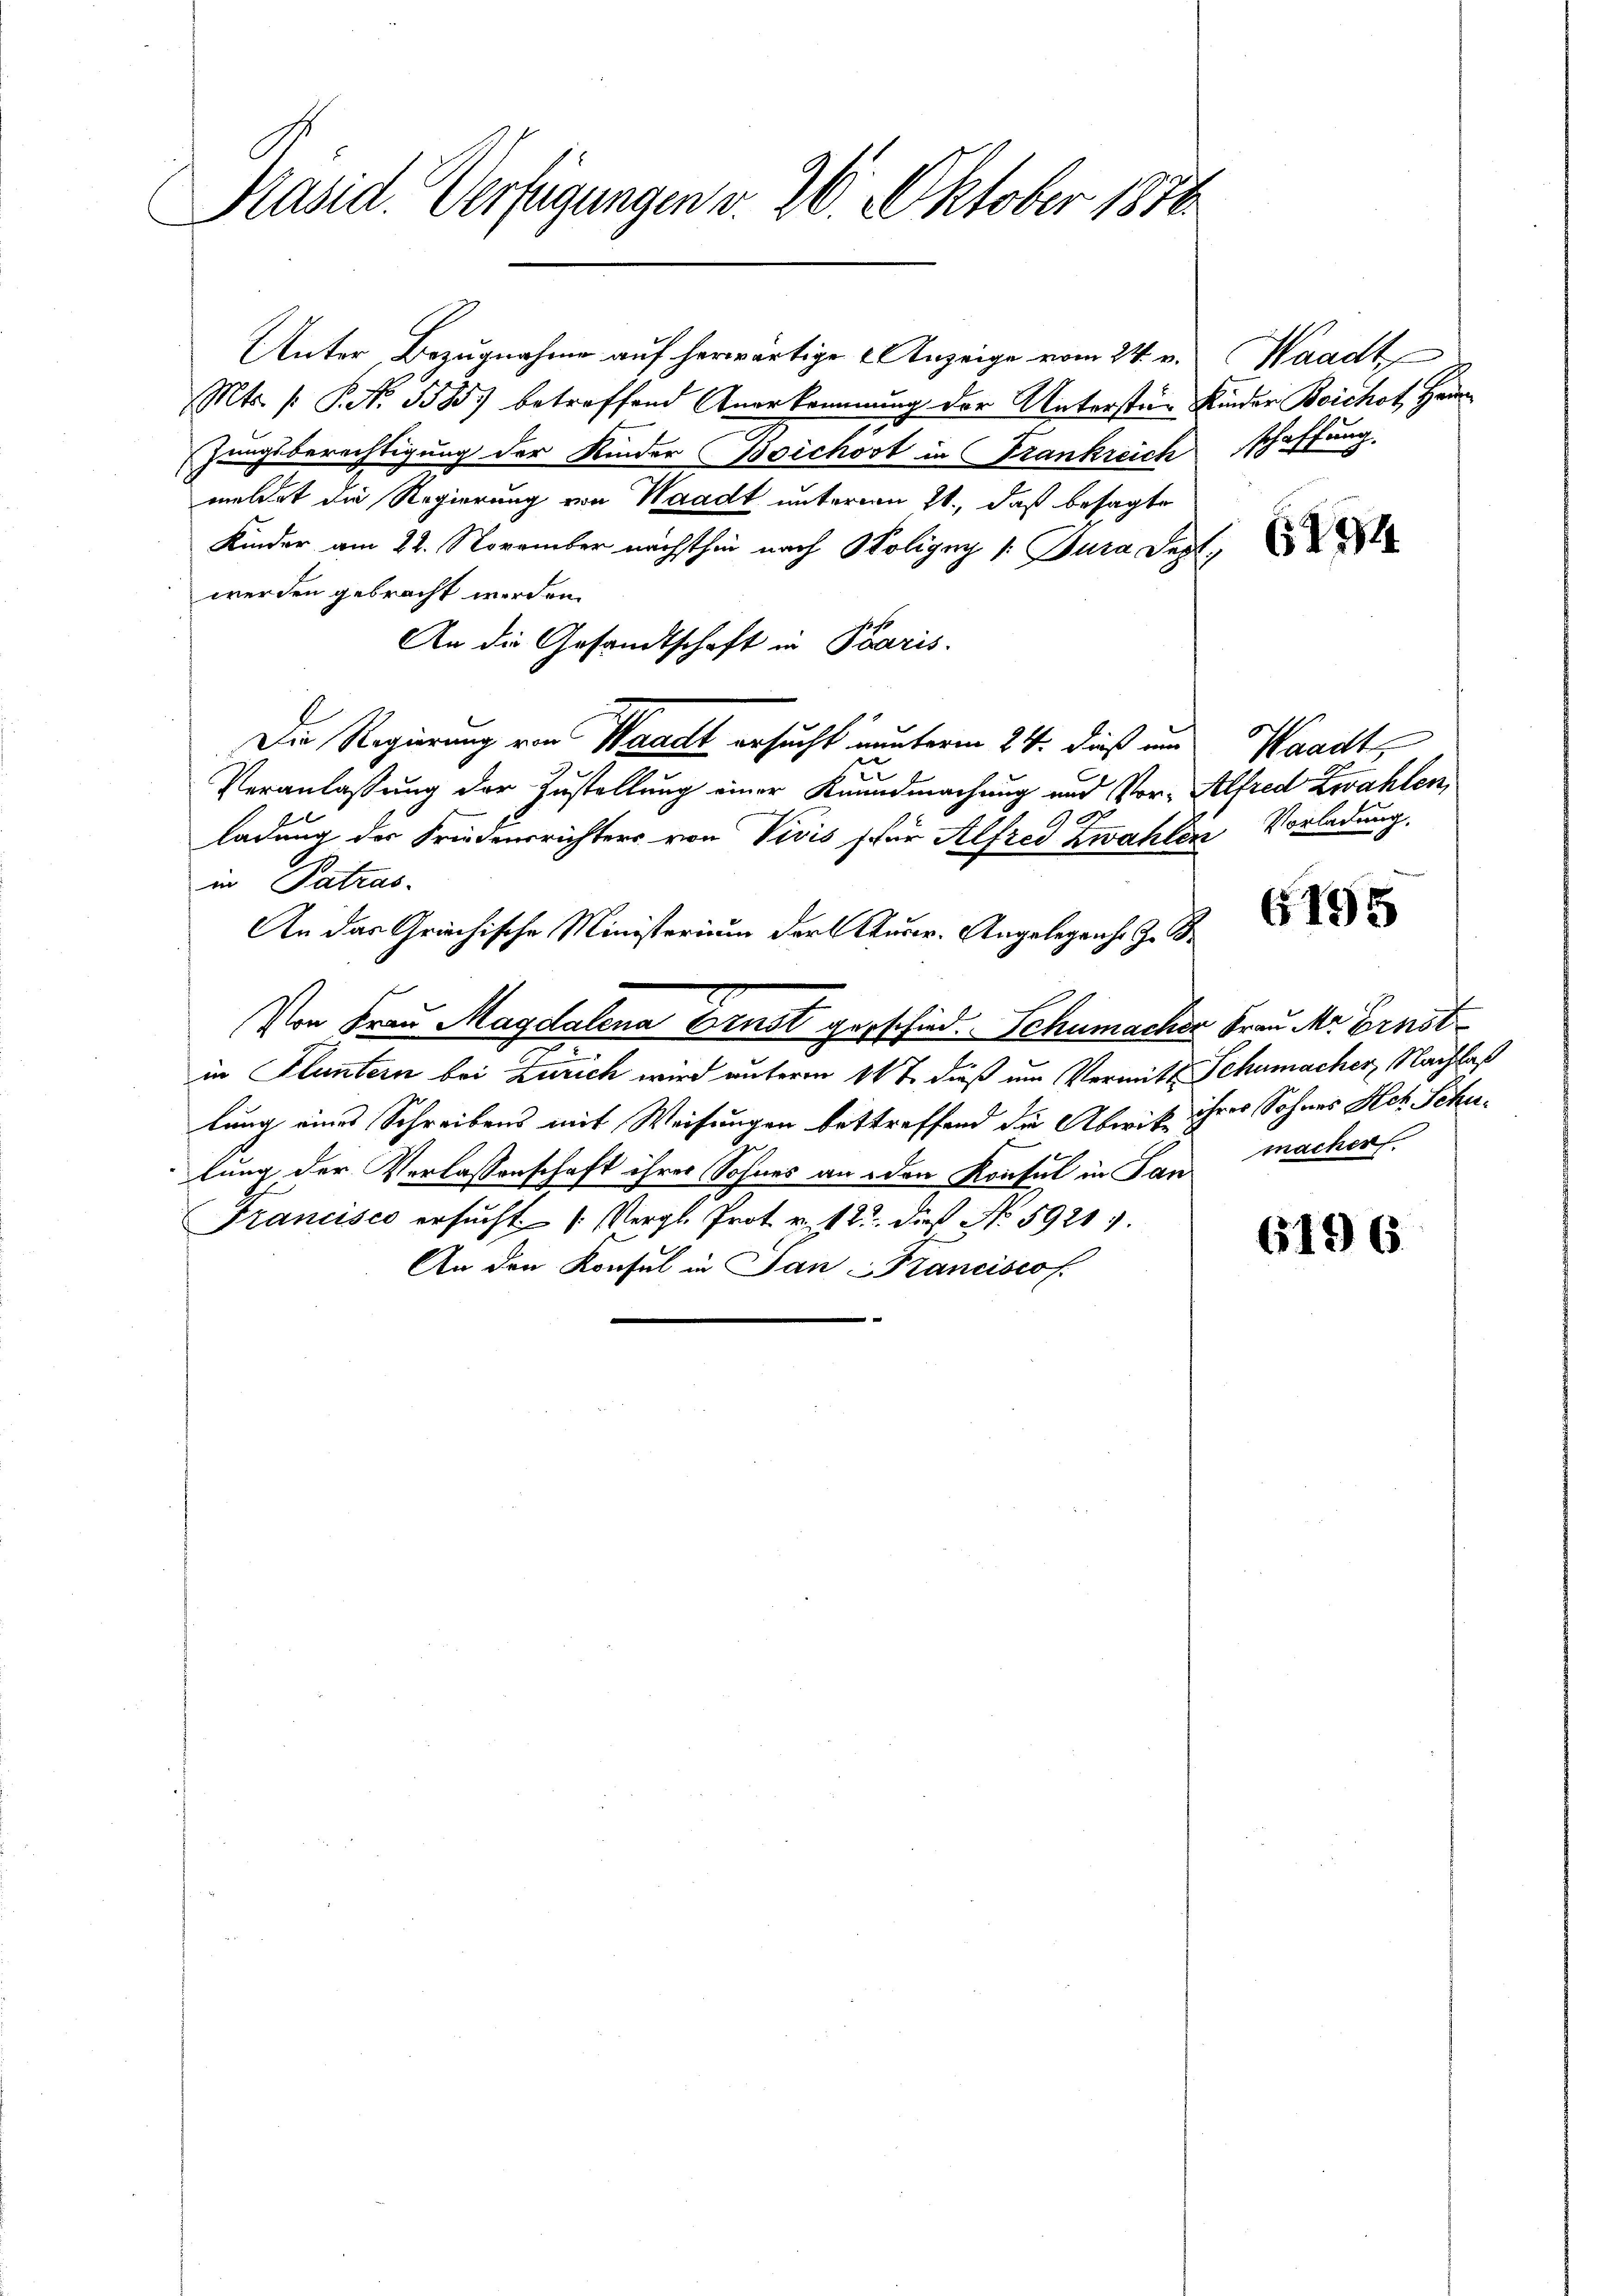
Präsid. Verfügungen v. 26. Oktober 1856

Unter Bezugnahme auf herwärtige Anzeige vom 24. v.
Mts. (: P. Nr. 5585) betreffend Anerkommung der Untersten Kinder Beichst, Hauzungsberechtigung der Kinder Boichost in Frankreich
meldet die Regierung von Waadt unterm 21., daß besagte
Kinder am 22. November nächsthin nach Soligny /: Jura Sept.
werden gebracht werden.
An die Gesandtschaft in Paris.
Die Regierung von Waadt ersucht nunterm 24. dieß um
s
Veranlassung der Zustellung einer Kundmachung und Vor- Alfred Zwahlen,
ladung der Friedensrichters von Vivis für Alfred Zwahlen Vorladung.
in Patras
An das Griechische Ministerium der Auser. Angelegenhe G. B.
Von Frau Magdalena Ernst geschied. Schumacher Frau dr Ernst
in Fluntern bei Zürich wird unterm 14t dieß um Vermitt Schumacher, Nachlaß
lung eines Schreibens mit Weisungen bettreffend die Abwis ihres Sohnes Hch. Schulung der Verlassenschaft ihrer Sohnes an den Konsul in San
Francisco ersucht (Vergl. Prot. v. 12. dies No. 59217.
An den Konsul in Jan Krancisco

Waadt
schaffung.

6194

Waadt,

6195

macher

6196